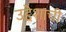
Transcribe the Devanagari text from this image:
उद्देशाची